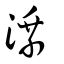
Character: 溗